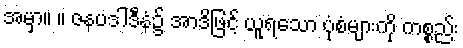
အမှာ။ ။ ဇနပဒါဒီနံ၌ အာဒိဖြင့် ယူရသော ပုံစံများကို ကစ္စည်း